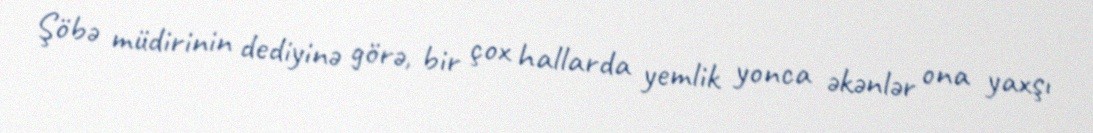
Şöbə müdirinin dediyinə görə, bir çox hallarda yemlik yonca əkənlər ona yaxşı